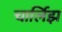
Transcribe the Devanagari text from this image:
चार्लिझ